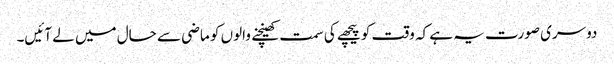
دوسری صورت یہ ہے کہ وقت کو پیچھے کی سمت کھینچنے والوں کو ماضی سے حال میں لے آئیں۔